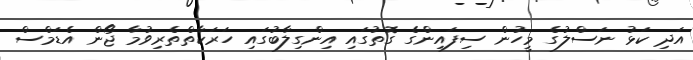
އަދި ކަޅު ނަސްލުގެ މީހުން ސިފައިންގެ ގޮތުގައި އިންގިލާބުގައި ހަރަކާތްތެރިވުމާ ޖޯން އެޑަމްސް